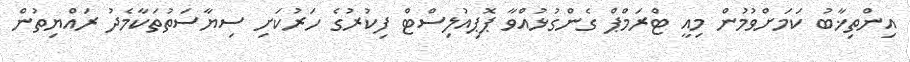
އިންތިޚާބު ކަމަށްވުމުން މިއީ ޓްރަމްޕް ގެންގުޅުއްވާ ޕޮޕިއުލިސްޓް ފިކުރުގެ ހަރުކަށި ސިޔާސަތުތަކާމެދު ރައްޔިތުން